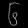
Digit: ၆